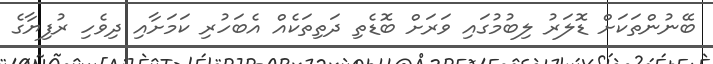
ބޭނުންތަކަށް ޑޮލަރު ލިބުމުގައި ވަރަށް ބޮޑެތި ދަތިތަކެއް އެބަހުރި ކަމަށާއި ދިވެހި ރުފިޔާގެ